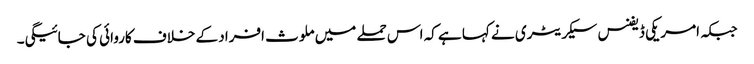
جبکہ امریکی ڈیفنس سیکریٹری نے کہا ہے کہ اس حملے میں ملوث افراد کے خلاف کاروائی کی جائیگی۔